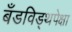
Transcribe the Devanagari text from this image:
बँडविड्थपेक्षा